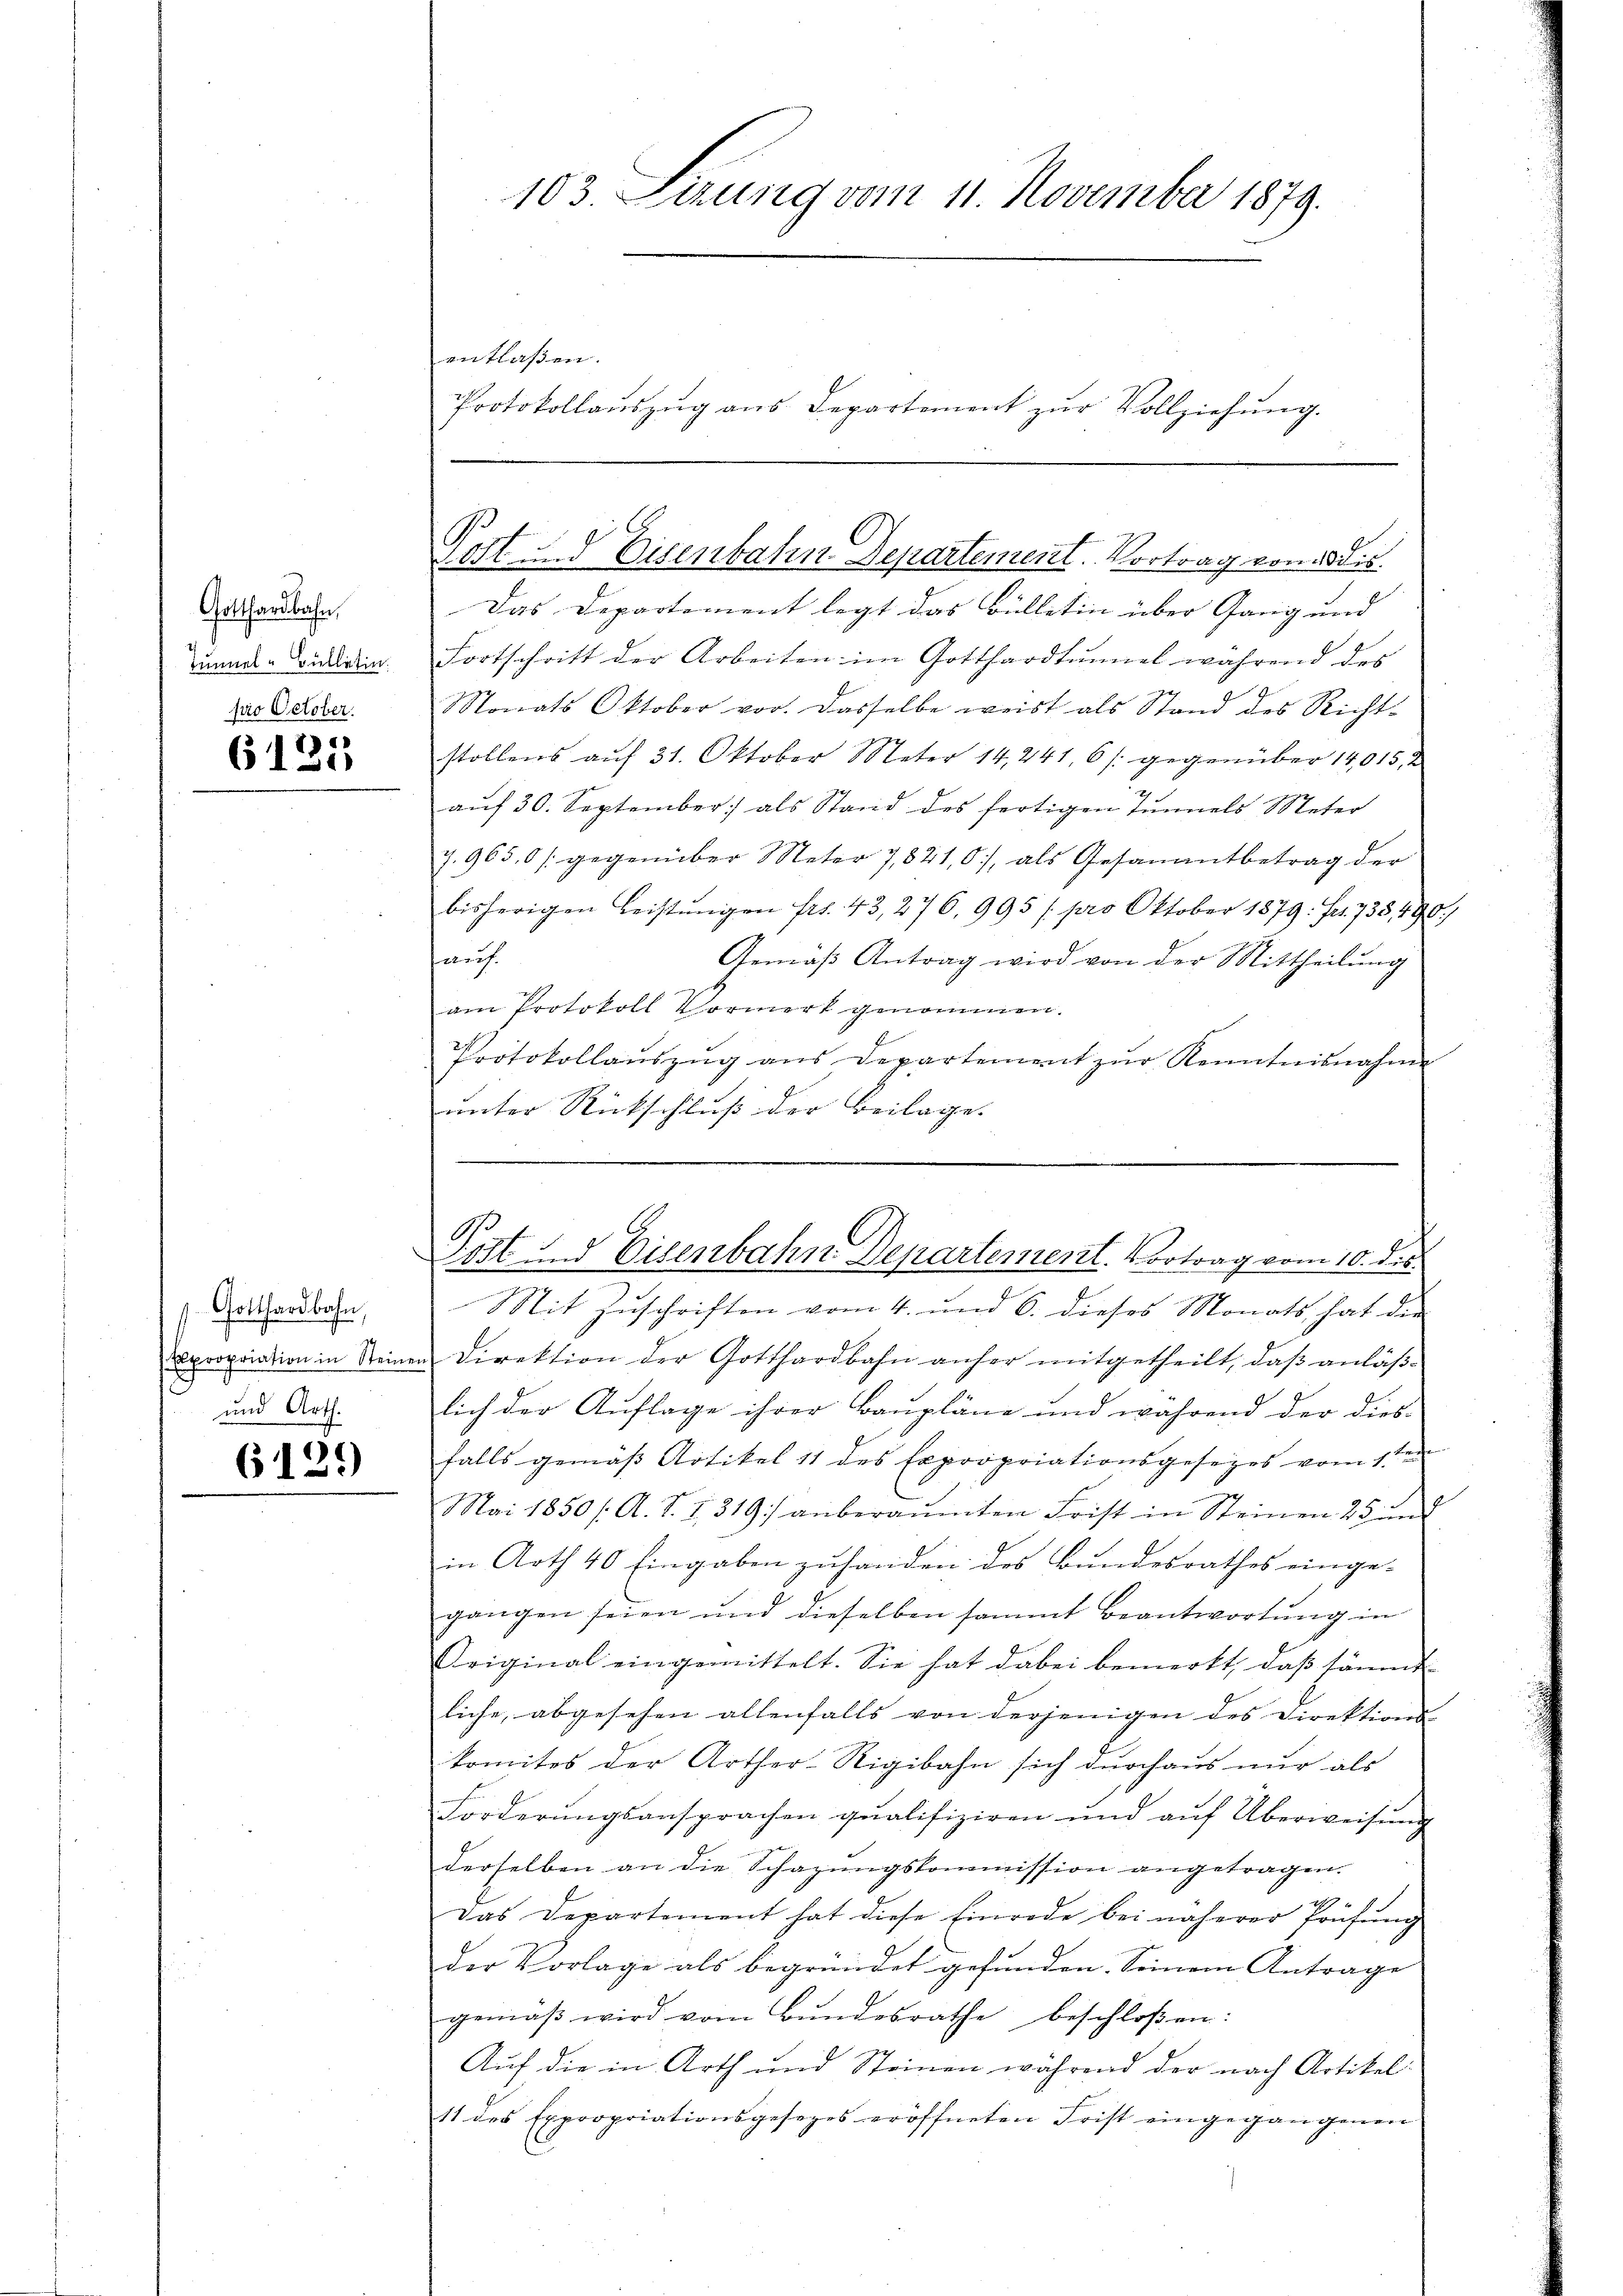
Gotthardbahn.
Tunnel - Bulletin.
pro October.

6131

Gotthardbahn,
Expropriation in Steiner
und Arth.

6129

103. Lerung vom 11. November 1879.

Pott. d Eisenbahn Departement. Vortrag von Dis

entlaßen.

Protokollauszug aus Departement zur Vollziehung.

Das Departoment legt das Bülletin über Gang und
Fortschritt der Arbeiten im Gotthardtumel während des
Monats Oktober vor. Dasselbe weist als Stand des Richtstollens aŭf 31. Oktober Meter 14241, 6/. gegenüber 14015, 2
aŭf 30. September als Stand des fertigen Tunnels Meter
7.965.0 [gegenüber Meter 7821,0), als Gesammtbetrag der
bisherigen Leistŭngen frs. 43, 276, 995 / pro Oktober 1879. Fr. 733, 490.)
22.
Gemäß Antrag wird von der Mittheilung
am Protokoll Vormerk genommen.
Protokollaŭszŭg ans Departement zŭr Kenntnisnahme
unter Rückschluß der Beilage.

.
ost und Eisenbahn Departement. Vortrag vom 10. ds.

Mit Zŭschriften vom 4. und 6. dieses Monats hat die
u Direktion der Gotthardbahn anher mitgetheilt, daß anläßlich der Auflage ihrer Baupläne und während der dies-
t
falls gemäß Artikel 11 des Expropriationsgesezes vom 1ten
Mai 1850 /: A. S. 1319) anberaŭmten Frist in Steinen 25 und
in Arth 40 Eingaben zuhanden des Bundesrathes einge-
gangen seien und dieselben sammt Beantwortŭng in
Criginal eingemittelt. Sie hat dabei bemerkt, daβ sämmt-
liche, abgesehen allenfalls von derjenigen des Direktions-
komites der Arther-Rigibahn sich durchaus nur als
Forderŭngsansprachen qualifiziren und aŭf Überweisŭng
derselben an die Schazungskommission angetragen.
Das Departement hat diese Einrede bei näherer Prüfŭng
der Vorlage als begründet gefunden. Seinem Antrage
gemäβ wird vom Bŭndesrathe beschloßen:
Auf die in Arth und Steinen während der nach Artikel
11 des Expropriationsgesezes eröffneten Frist eingegangenen